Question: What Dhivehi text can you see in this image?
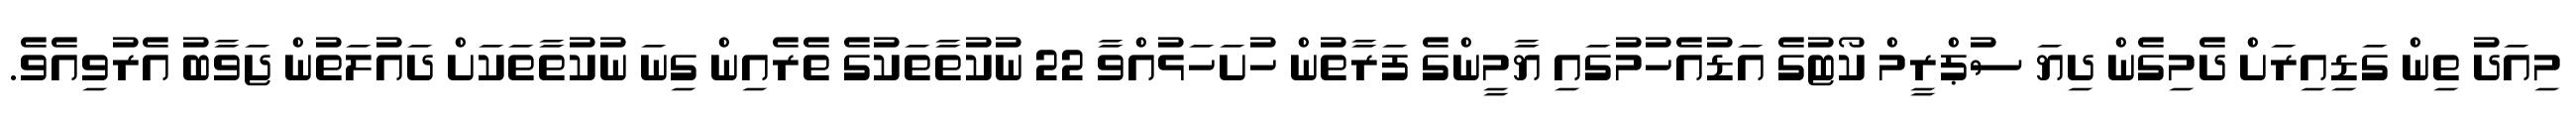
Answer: މިއަދު ތިން ގަޑިއިރަށް ދެމިގެން ދިޔަ ސުޕްރީމް ކޯޓުގެ އަޑުއެހުމުގައި ޔާމީންގެ ފަރާތުން ހުށަހަޅުއްވާ 22 ނުކުތާތަކުގެ ތެރެއިން ގިނަ ނުކުތާތަކަށް ދައުލަތުން ޖަވާބު އެރުވިއެވެ.